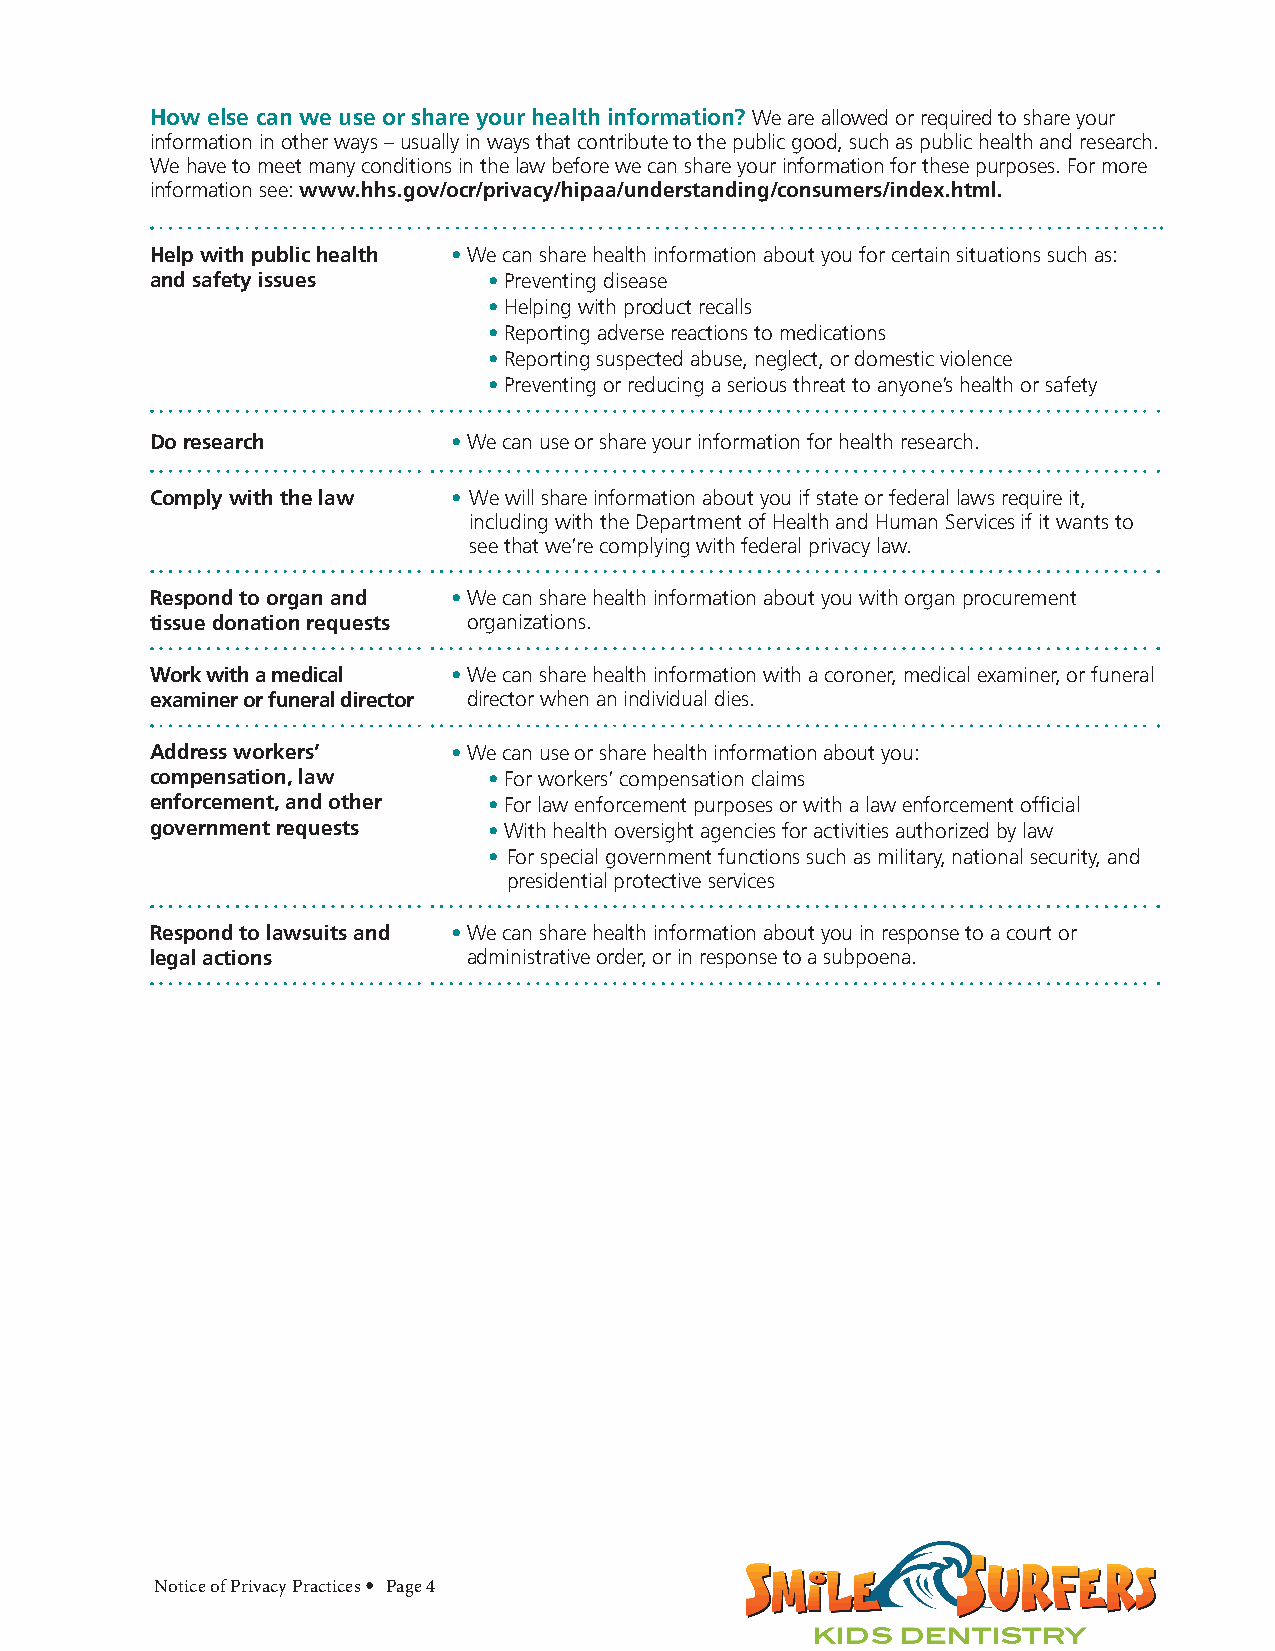
How else can we use or share your health information? We are allowed or required to share your
 information in other ways – usually in ways that contribute to the public good, such as public health and research.
 We have to meet many conditions in the law before we can share your information for these purposes. For more
 information see: www.hhs.gov/ocr/privacy/hipaa/understanding/consumers/index.html.
 Help with public health •We can share health information about you for certain situations such as:
 and safety issues     •Preventing disease
 •Helping with product recalls
 •Reporting adverse reactions to medications
 •Reporting suspected abuse, neglect, or domestic violence
 •Preventing or reducing a serious threat to anyone’s health or safety
 Do research         •We can use or share your information for health research.
 Comply with the law • We will share information about you if state or federal laws require it,
 including with the Department of Health and Human Services if it wants to
 see that we’re complying with federal privacy law.
 Respond to organ and • We can share health information about you with organ procurement
 tissue donation requests organizations.
 Work with a medical • We can share health information with a coroner, medical examiner, or funeral
 examiner or funeral director director when an individual dies.
 Address workers’    •We can use or share health information about you:
 compensation, law     •For workers’ compensation claims
 enforcement, and other •For law enforcement purposes or with a law enforcement official
 government requests   •With health oversight agencies for activities authorized by law
 • For special government functions such as military, national security, and
 presidential protective services
 Respond to lawsuits and • We can share health information about you in response to a court or
 legal actions        administrative order, or in response to a subpoena.
 Notice of Privacy Practices • Page 4